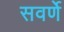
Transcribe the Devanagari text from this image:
सवर्णे